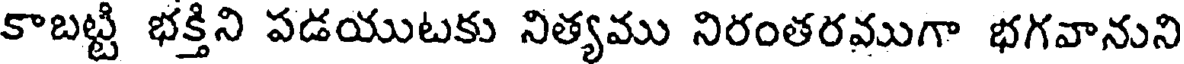
కాబట్టి భక్తిని పడయుటకు నిత్యము నిరంతరముగా భగవానుని